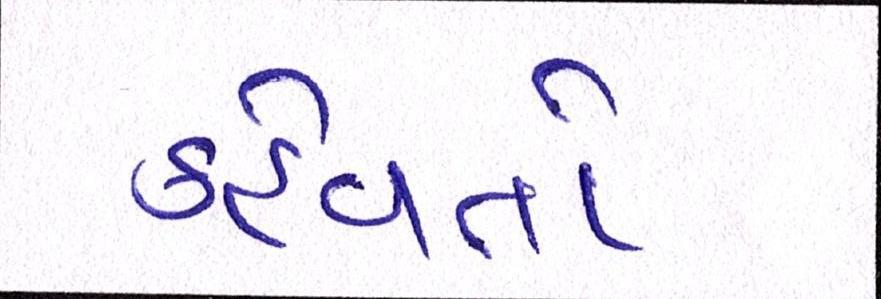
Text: કહેવતો